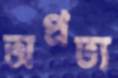
অপ্রত্য